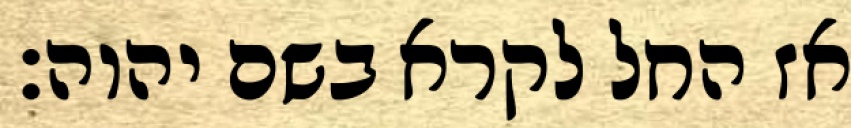
אז החל לקרא בשם יהוה׃